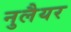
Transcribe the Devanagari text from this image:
नुलैयर